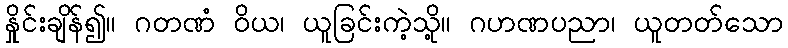
နှိုင်းချိန်၍။ ဂတဏံ ဝိယ၊ ယူခြင်းကဲ့သို့။ ဂဟဏပညာ၊ ယူတတ်သော